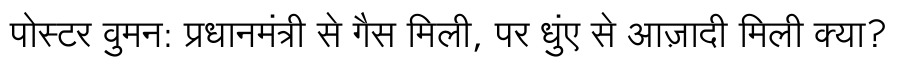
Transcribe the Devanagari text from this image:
पोस्टर वुमन: प्रधानमंत्री से गैस मिली, पर धुंए से आज़ादी मिली क्या?